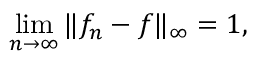
\operatorname* { l i m } _ { n \to \infty } \| f _ { n } - f \| _ { \infty } = 1 ,